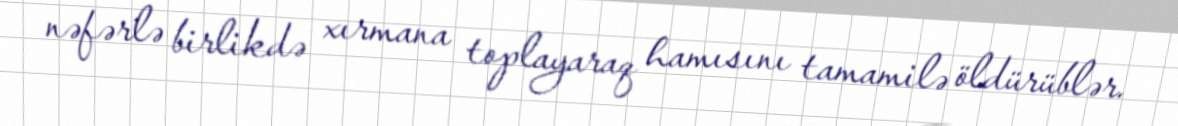
nəfərlə birlikdə xırmana toplayaraq hamısını tamamilə öldürüblər.